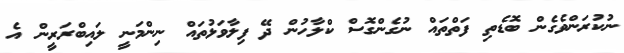
ނުކުރަންވެގެން ބޮޑެތި ފަތްތައް ނުގެންގޮސް ކްލާހުން ދޭ ފިލާވަޅުތައް ނިންމަނީ ލައިބްރަރީން އެ